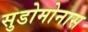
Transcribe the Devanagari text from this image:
सुडोमोनास